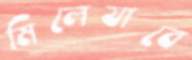
মিলেযাবে